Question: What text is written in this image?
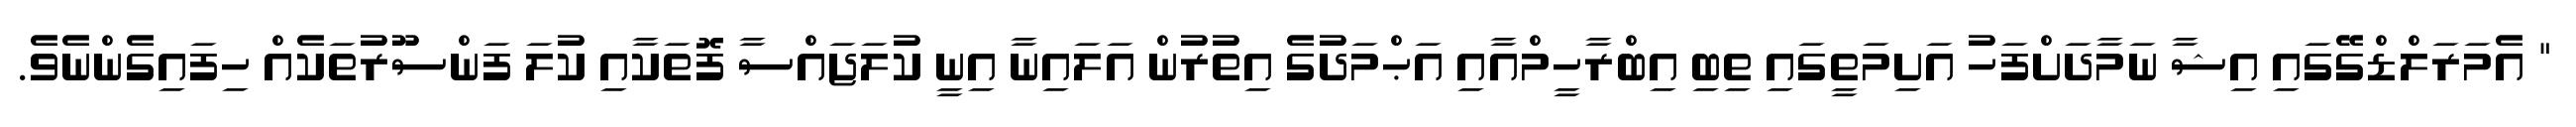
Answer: " އެމަރަލްޑްގޭގައި އިޝާ ނަމާދަށްފަހު އަށިމަތީގައި ތިބި އިބްރާހީމްއާއި އަޙްމަދުގެ އިތުރުން އަލައިނާ އިނީ ކުލަޖައްސާ ފޮތަކާއި ކުލަ ފަންސޫރުތަކެއް ހިފައިގެންނެވެ.